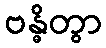
ဗန္ဓိတွာ